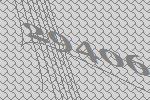
29406